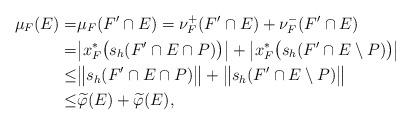
LaTeX: \begin{align*}\mu_F(E)= & \mu_F(F'\cap E)=\nu_F^+(F'\cap E)+\nu_F^-(F'\cap E)\\= & \big|x^*_F\big(s_h(F'\cap E\cap P)\big)\big|+\big|x^*_F\big(s_h(F'\cap E\setminus P)\big)\big|\\\leq & \big\|s_h(F'\cap E\cap P)\big\|+\big\|s_h(F'\cap E\setminus P)\big\|\\\leq & \widetilde{\varphi}(E)+\widetilde{\varphi}(E),\end{align*}